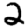
Digit: 2